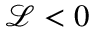
\mathcal { L } < 0